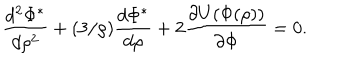
LaTeX: \frac { d ^ { 2 } \Phi ^ { * } } { d \rho ^ { 2 } } + ( 3 / \rho ) \frac { d \Phi ^ { * } } { d \rho } + 2 \frac { \partial U ( \Phi ( \rho ) ) } { \partial \Phi } = 0 .